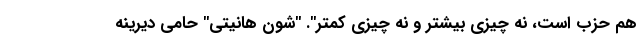
هم حزب است، نه چیزی بیشتر و نه چیزی کمتر". "شون هانیتی" حامی دیرینه